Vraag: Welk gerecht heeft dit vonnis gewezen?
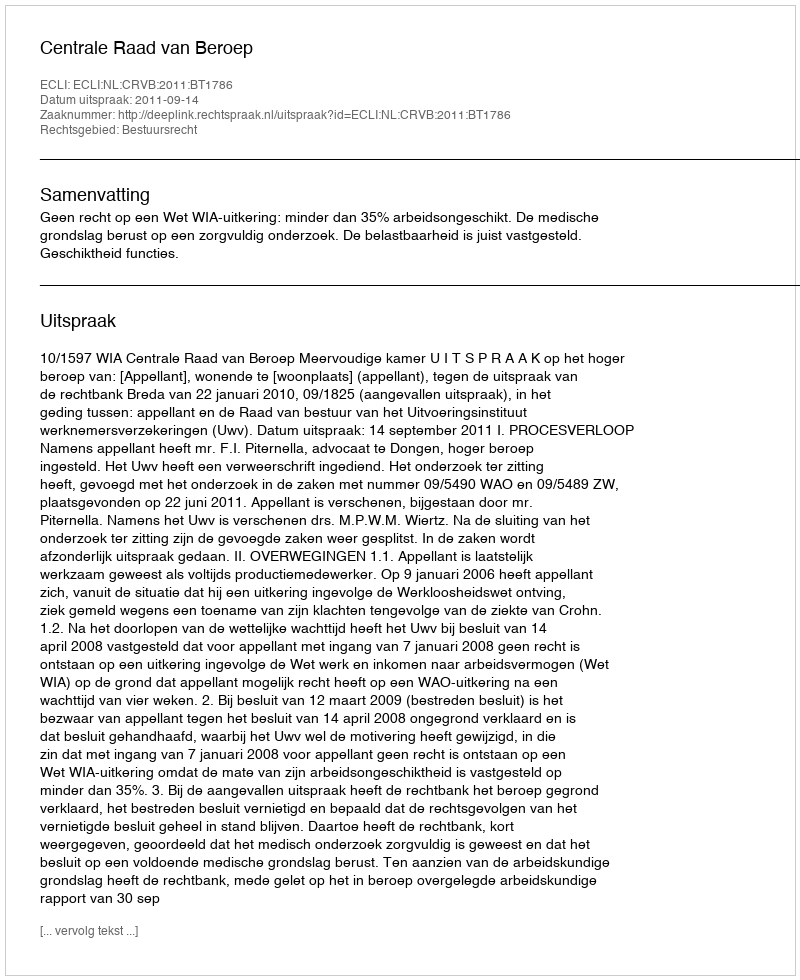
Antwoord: Centrale Raad van Beroep